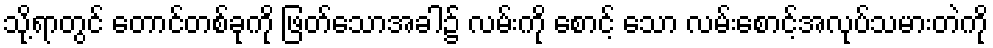
သို့ရာတွင် တောင်တစ်ခုကို ဖြတ်သောအခါ၌ လမ်းကို စောင့် သော လမ်းစောင့်အလုပ်သမားတဲကို